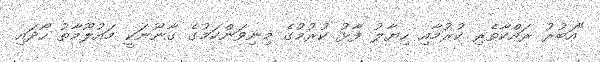
"އަބުރު ރައްކާތެރި ކުރުމާއި ހިޔާލު ފާޅު ކުރުމުގެ މިނިވަންކަމުގެ ގާނޫނަކީ މައުލޫމާތު ހޯދައި